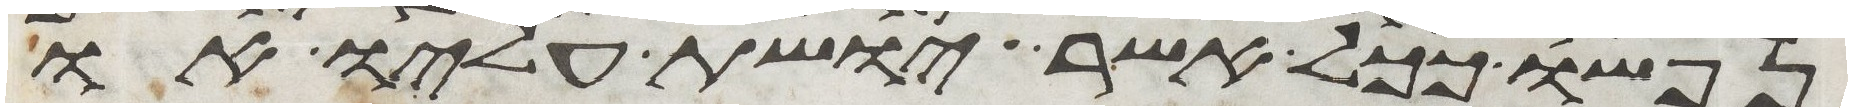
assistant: נפשו ככל אשר יושת עליו או